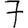
Digit: 7